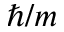
\hbar / m